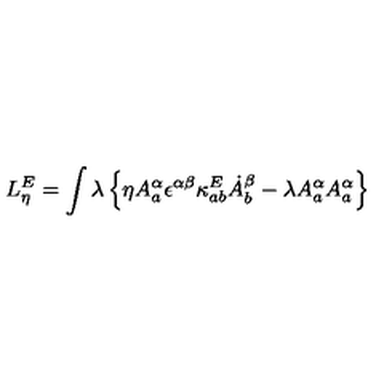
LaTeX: L _ { \eta } ^ { E } = \int \lambda \left\{ \eta A _ { a } ^ { \alpha } \epsilon ^ { \alpha \beta } \kappa _ { a b } ^ { E } \dot { A } _ { b } ^ { \beta } - \lambda A _ { a } ^ { \alpha } A _ { a } ^ { \alpha } \right\}